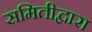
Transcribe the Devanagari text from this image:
समितीद्वारा